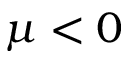
\mu < 0